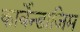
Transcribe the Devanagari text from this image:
कार्बेन्डाजिम